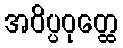
အဝိပ္ပဝုတ္ထေ